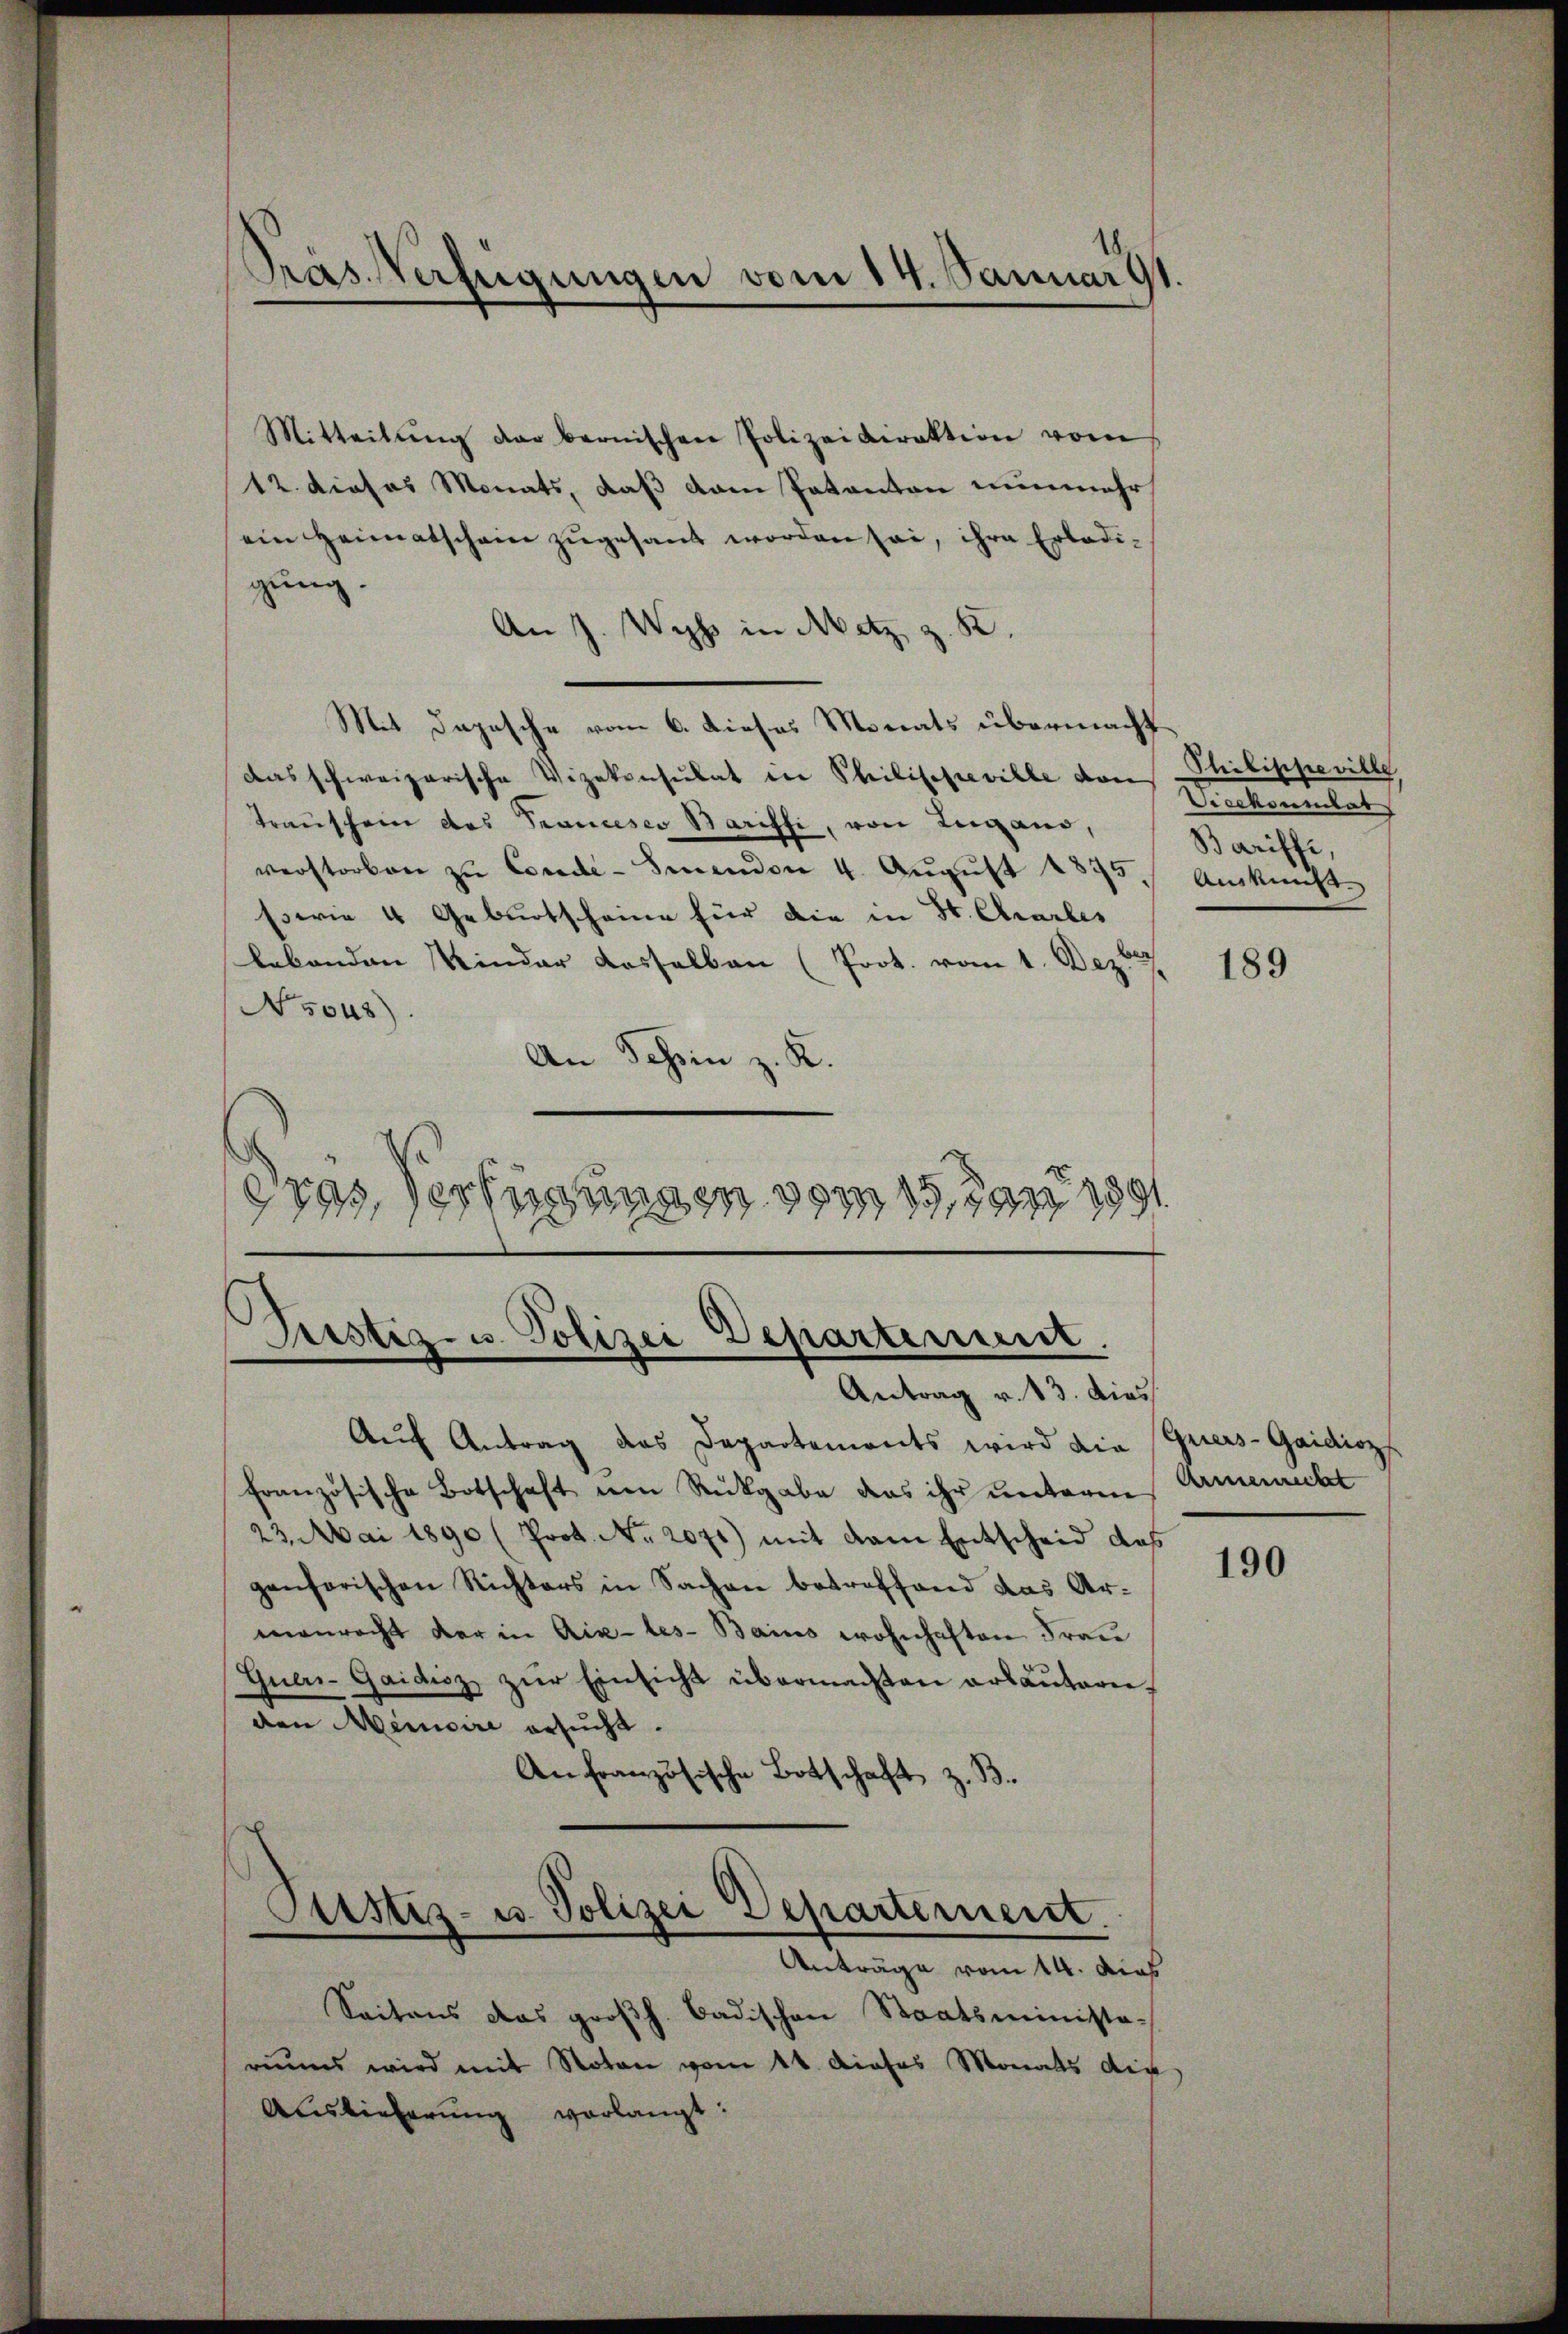
Pras Verfügungen vom 14. Januar 91.

Mitteilŭng der bernischen Polizeidirektion vom
12. dieses Monats, daß vom Pakanton nunmehr
ein Heimatschein zugesandt worden sei, ihre Erledigung.
An J. Wyss in Metz z. K.
Mit Depesche vom 6. dieses Monats übermacht
das schweizerische Vizekonsulat in Philischeville von Philippeville
Trauschein des Francesco Bariffi, von Lugano,
verstorben zŭ Corde-Siendon 4. Aŭgŭst 1895. Auskunft.
Es wie 4 Geburtscheine für die in St. Chrarbes
lebenden Kinder dasselben (Prot. vom 1. Dez
N 5048)
An Schein z. K.
etas, desserungen vom 15. Jan. 1891

Justiz- u. Polizei Departement.
Antrag v. 13. dies

Auf Antrag des Departements wird die
französische Botschaft von Rückgabe das ihr unterm
23. Mai 1890 (Prot. No. 2071) mit dem Entscheid des
genfarischen Richters in Sachen betreffend das Armenrecht der in Aix-les-Bains wohnhaften Frau
Quers-Gaidisz zŭr Einsicht übermachten erläuteriden Memoire ersucht.
An französische Botschaft, z. B.
Justiz- u. Polizei Departement.
Anträge vom 14. dies
Seitens das großh. Badischen Staatsminista-
riums wird mit Noten vom 14. Dieses Monats die
Auslieferung verlangt:

Vicekonnitat
Bariffe,

189

Quers-Gaidioz
Armenrechtet

190